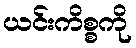
ယင်းကိစ္စကို